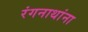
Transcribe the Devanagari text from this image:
रंगनाथांना